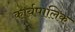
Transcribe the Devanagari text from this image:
कार्यपालिक